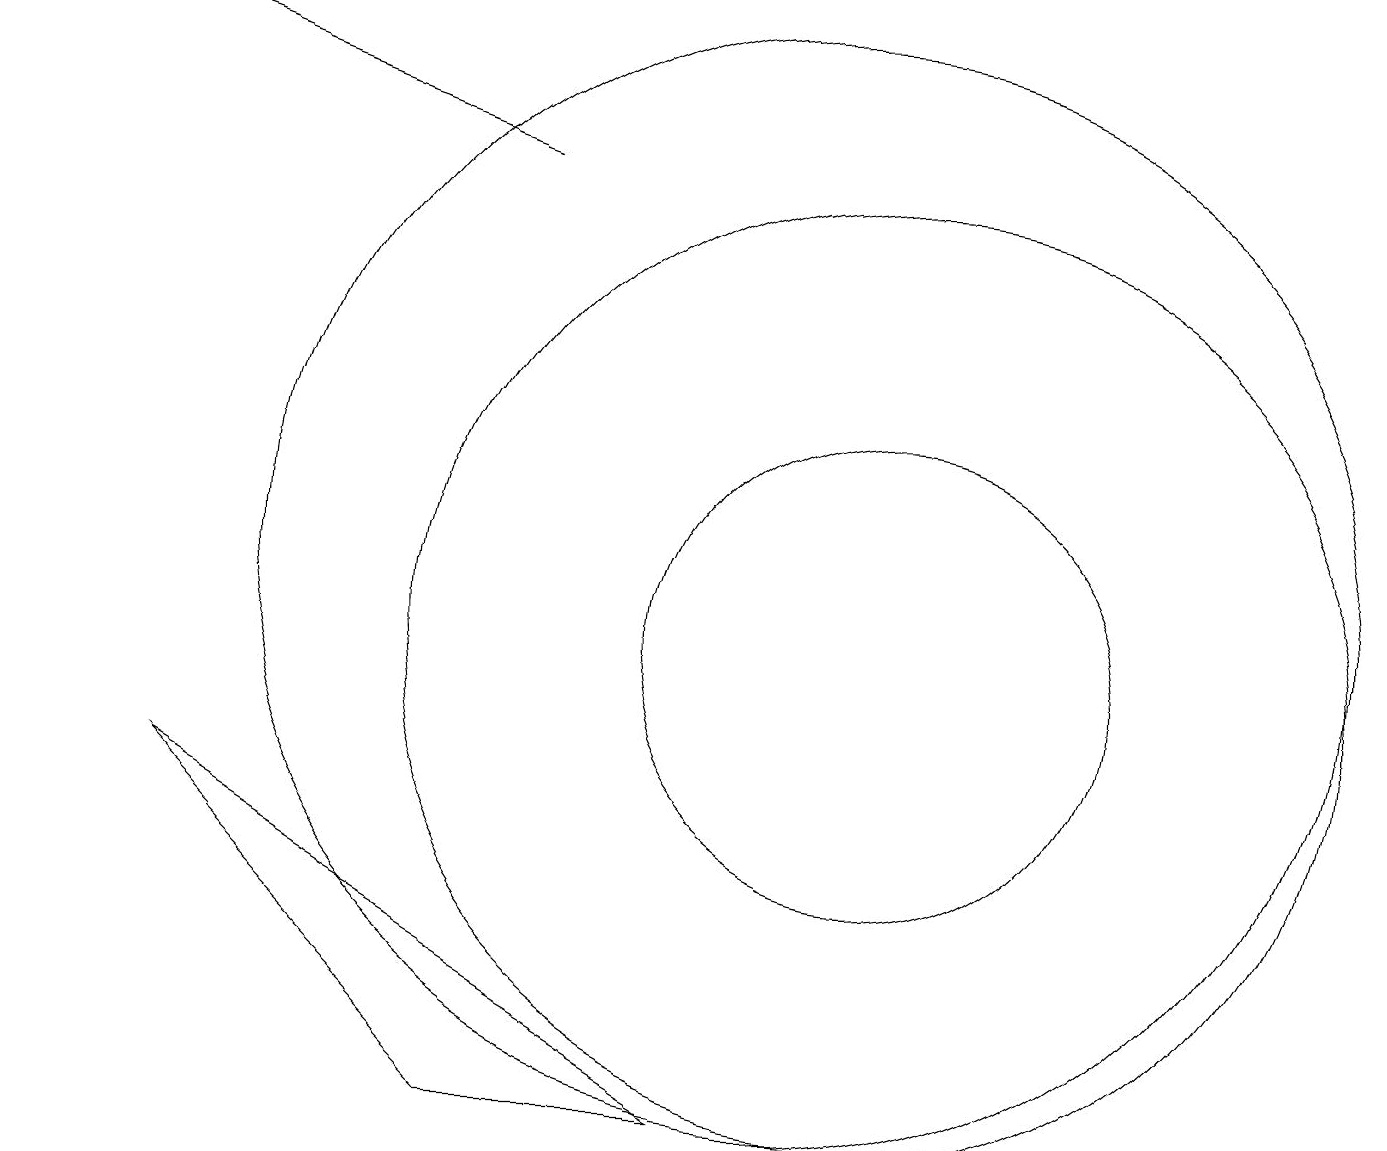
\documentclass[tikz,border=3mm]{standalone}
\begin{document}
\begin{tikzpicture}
\draw[->] (6,17) -- (0,19);
\draw (11,11) circle (6);
\draw (9,5) -- (6,5) -- (2,9) -- cycle;
\draw (11,11) circle (3);
\draw (10,12) circle (7);
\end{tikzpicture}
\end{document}